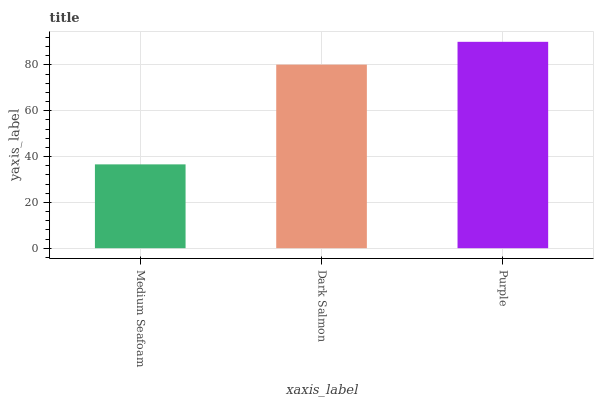
| xaxis_label | bars |
 | --- | --- |
 | Medium Seafoam | 36.6 |
 | Dark Salmon | 80.1 |
 | Purple | 90.1 |